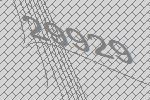
29929